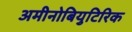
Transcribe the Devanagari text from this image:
अमीनोबियुटिरिक